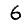
Digit: 6